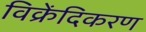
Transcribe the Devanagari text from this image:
विक्रेंदिकरण